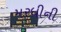
મરધીની